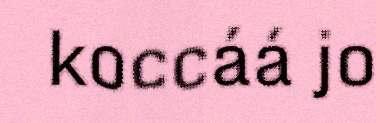
koccáá jo